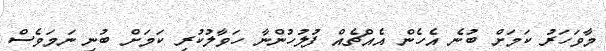
މާވަހަރު ކަމަށް ބުނެ އެހެން އެއްޗެއް ފުލުހުންނާ ހަވާލުކުރި ކަމަށް ބުނި ނަމަވެސް